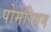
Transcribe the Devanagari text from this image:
पोमेरियन